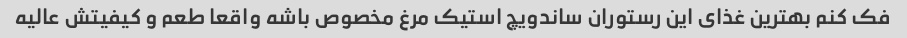
فک کنم بهترین غذای این رستوران ساندویچ استیک مرغ مخصوص باشه واقعا طعم و کیفیتش عالیه